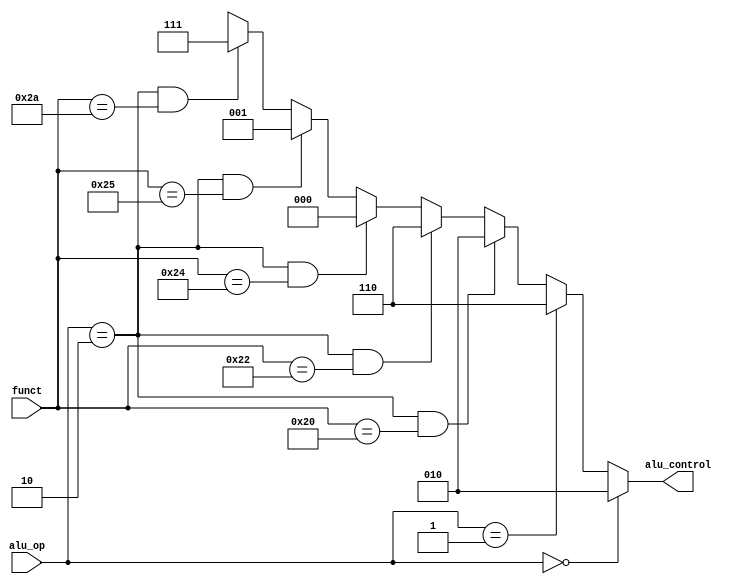
`timescale 1ns / 1ps
//////////////////////////////////////////////////////////////////////////////////
// Company: 
// Engineer: 
// 
// Design Name: 
// Module Name: aludec
// Project Name: 
// Target Devices: 
// Tool Versions: 
// Description: 
// 
// Dependencies: 
// 
// Revision:
// Revision 0.01 - File Created
// Additional Comments:
// 
//////////////////////////////////////////////////////////////////////////////////

module aludec (
input [5:0] funct ,
input [1:0] alu_op ,
output [2:0] alu_control
);
assign alu_control = ( alu_op == 2'b00 )? 3'b010 : //lwsw
( alu_op == 2'b01 )? 3'b110 : //beq
// R- type
( alu_op == 2'b10 && funct == 6'b100000 )? 3'b010 : // add
( alu_op == 2'b10 && funct == 6'b100010 )? 3'b110 : // substact
( alu_op == 2'b10 && funct == 6'b100100 )? 3'b000 : // and
( alu_op == 2'b10 && funct == 6'b100101 )? 3'b001 : // or
( alu_op == 2'b10 && funct == 6'b101010 )? 3'b111 : // SLT
3'bxxx ;
endmodule